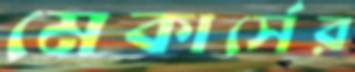
মেকার্সের